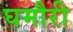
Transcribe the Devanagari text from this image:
घमौरी